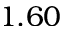
1 . 6 0